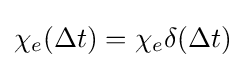
\chi _{e}(\Delta t)=\chi _{e}\delta (\Delta t)